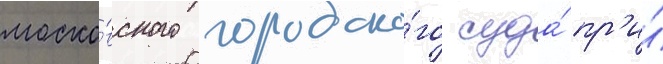
моско́вского городско́го суда́ пр'и́